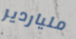
ملياردير